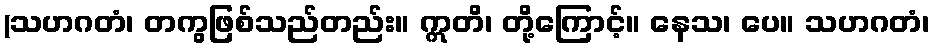
(သဟဂတံ၊ တကွဖြစ်သည်တည်း။ ဣတိ၊ တို့ကြောင့်။ နေသ၊ ပေ။ သဟဂတံ၊